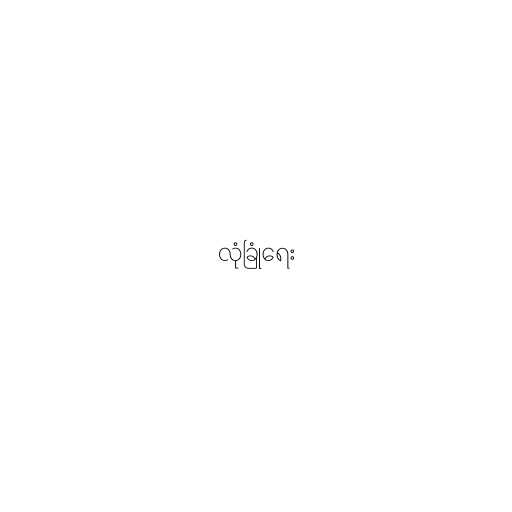
လုံခြုံရေး